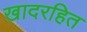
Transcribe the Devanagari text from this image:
खादरहित